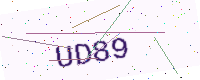
Text: UD89